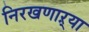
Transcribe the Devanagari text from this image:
निरखणाऱ्या